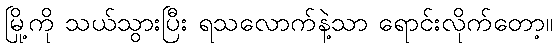
မြို့ကို သယ်သွားပြီး ရသလောက်နဲ့သာ ရောင်းလိုက်တော့။